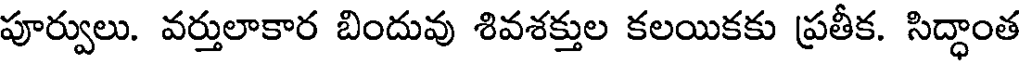
పూర్వులు. వర్తులాకార బిందువు శివశక్తుల కలయికకు ప్రతీక. సిద్ధాంత